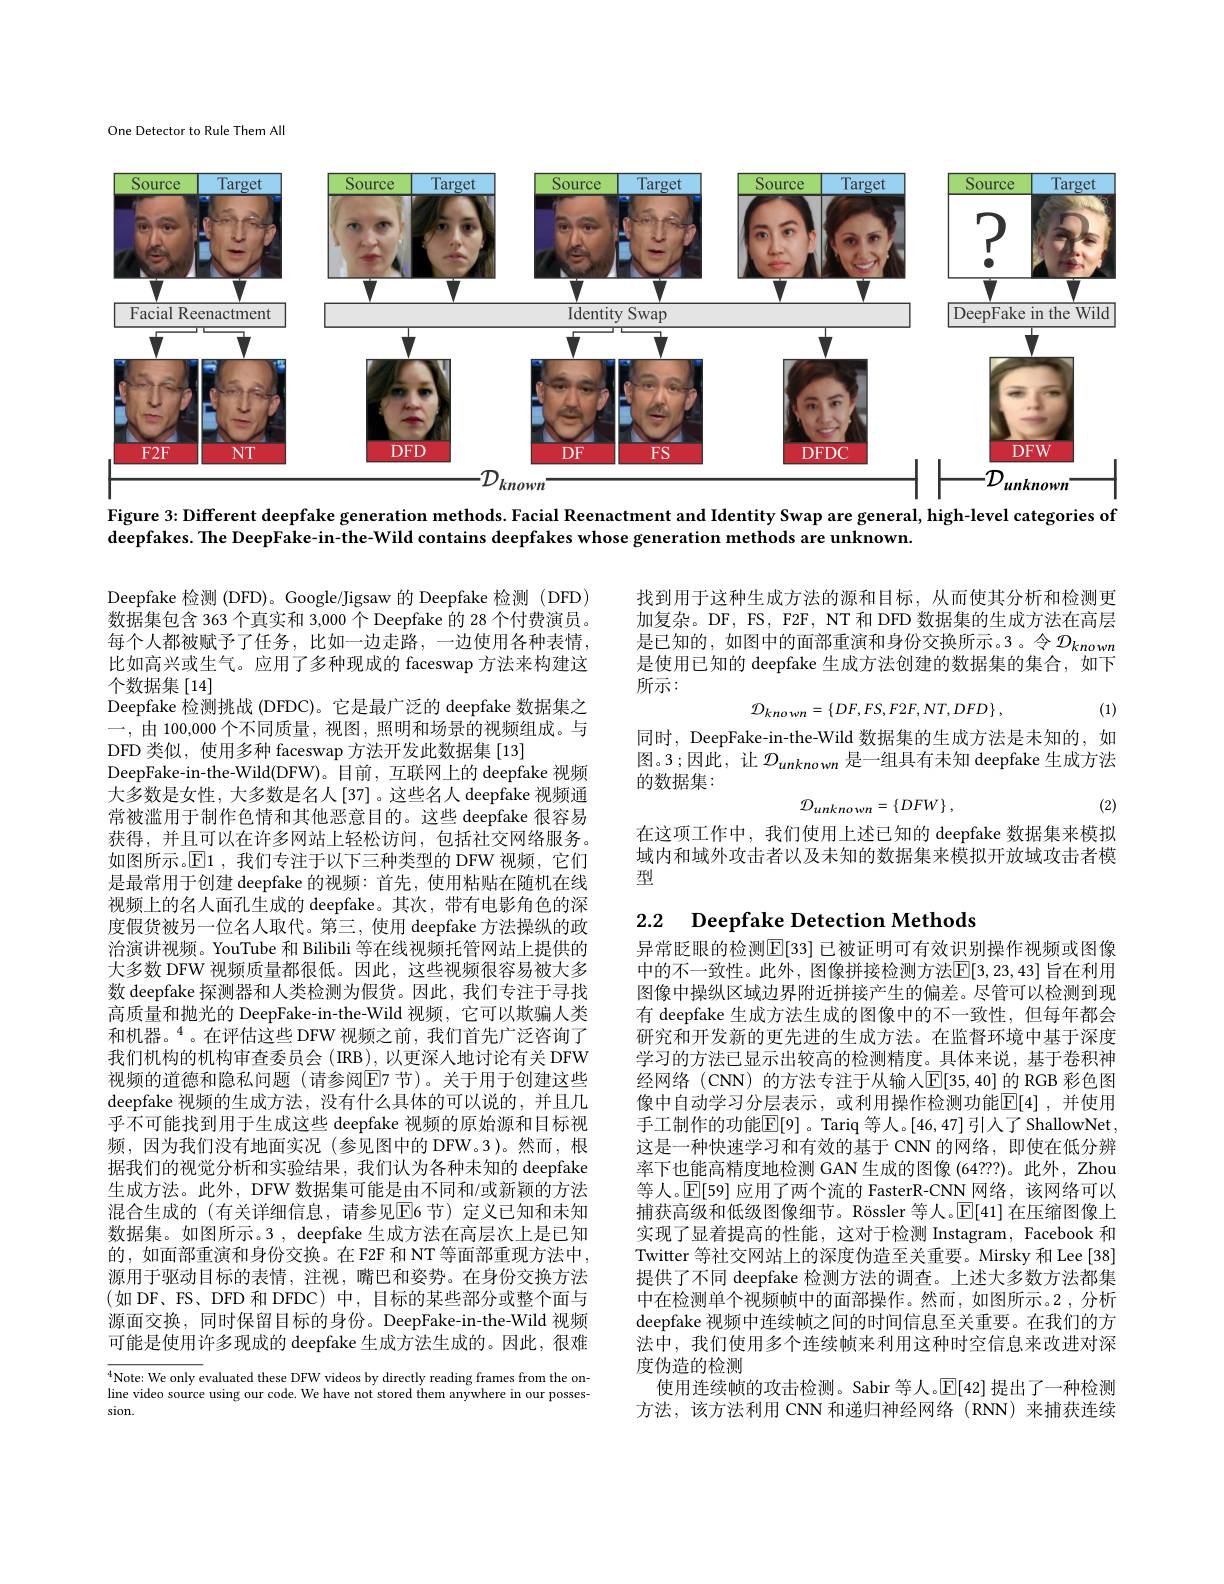
One Detector to Rule Them All

<FigureHere>

Figure 3: Different deepfake generation methods. Facial Reenactment and Identity Swap are general, high-level categories of

deepfakes. The DeepFake-in-the-Wild contains deepfakes whose generation methods are unknown.

找到用于这种生成方法的源和目标，从而使其分析和检测更加复杂。DF, FS, F2F, NT 和 DFD 数据集的生成方法在高层是已知的，如图中的面部重演和身份交换所示。3。令$\mathcal{D}_{known}$ 是使用已知的 deepfake 生成方法创建的数据集的集合，如下所示：
$$\mathcal{D}_{known}=\{DF,FS,F2F,NT,DFD\}\:,$$
(1)

同时，DeepFake-in-the-Wild 数据集的生成方法是未知的，如图。3;因此，让$\mathcal{D}_{unknown}$是一组具有未知 deepfake 生成方法的数据集：
$$\mathcal{D}_{unknown}=\{DFW\}\:,$$
(2)

在这项工作中，我们使用上述已知的 deepfake 数据集来模拟域内和域外攻击者以及未知的数据集来模拟开放域攻击者模型

## 2.2 Deepfake Detection Methods

Deepfake 检测 (DFD)。Google/Jigsaw 的 Deepfake 检测 (DFD) 数据集包含 363 个真实和 3,000 个 Deepfake 的 28 个付费演员。每个人都被赋予了任务，比如一边走路，一边使用各种表情， 比如高兴或生气。应用了多种现成的 faceswap 方法来构建这个数据集[14]
Deepfake 检测挑战 (DFDC)。它是最广泛的 deepfake 数据集之一，由 100,000 个不同质量，视图，照明和场景的视频组成。与DFD 类似，使用多种 faceswap 方法开发此数据集 [13]
DeepFake-in-the-Wild(DFW)。目前，互联网上的 deepfake 视频大多数是女性，大多数是名人[37]。这些名人 deepfake 视频通常被滥用于制作色情和其他恶意目的。这些 deepfake 很容易获得，并且可以在许多网站上轻松访问，包括社交网络服务。如图所示。$\operatorname{E}$1 ,我们专注于以下三种类型的 DFW 视频，它们是最常用于创建 deepfake 的视频：首先，使用粘贴在随机在线视频上的名人面孔生成的 deepfake。其次，带有电影角色的深度假货被另一位名人取代。第三，使用 deepfake 方法操纵的政治演讲视频。YouTube 和 Bilibili 等在线视频托管网站上提供的大多数 DFW 视频质量都很低。因此，这些视频很容易被大多数 deepfake 探测器和人类检测为假货。因此，我们专注于寻找高质量和抛光的 DeepFake-in-the-Wild 视频，它可以欺骗人类和机器。$^{4}$。在评估这些 DFW 视频之前，我们首先广泛咨询了我们机构的机构审查委员会 (IRB), 以更深人地讨论有关 DFW 视频的道德和隐私问题 (请参阅$\overline{\mathrm{E}}$7 节)。关于用于创建这些deepfake 视频的生成方法，没有什么具体的可以说的，并且几乎不可能找到用于生成这些 deepfake 视频的原始源和目标视频，因为我们没有地面实况(参见图中的 DFW。3)。然而，根据我们的视觉分析和实验结果，我们认为各种未知的 deepfake 生成方法。此外，DFW 数据集可能是由不同和/或新颖的方法混合生成的 (有关详细信息，请参见$\overline{\mathrm{E}}$6 节)定义已知和未知数据集。如图所示。3 , deepfake 生成方法在高层次上是已知的，如面部重演和身份交换。在 F2F 和 NT 等面部重现方法中， 源用于驱动目标的表情，注视，嘴巴和姿势。在身份交换方法$(如$ DF、FS、DFD 和 DFDC) 中，目标的某些部分或整个面与源面交换，同时保留目标的身份。DeepFake-in-the-Wild 视频可能是使用许多现成的 deepfake 生成方法生成的。因此，很难$\overline{{^4\text{Note: We only e}}}$valuated these DFW videos by directly reading frames from the on-

异常眨眼的检测$\mathbb{E}[33]$ 已被证明可有效识别操作视频或图像中的不一致性。此外，图像拼接检测方法$\mathbb{E}[3,23,43]$ 旨在利用图像中操纵区域边界附近拼接产生的偏差。尽管可以检测到现有 deepfake 生成方法生成的图像中的不一致性，但每年都会研究和开发新的更先进的生成方法。在监督环境中基于深度学习的方法已显示出较高的检测精度。具体来说，基于卷积神经网络 (CNN) 的方法专注于从输人$\mathbb{E}[35,40]$ 的 RGB 彩色图像中自动学习分层表示，或利用操作检测功能$\boxed{\mathrm{E}}[4]$,并使用手工制作的功能$\mathbb{E}[9]$。Tariq 等人。[46,47]引入了ShallowNet， 这是一种快速学习和有效的基于 CNN 的网络，即使在低分辨率下也能高精度地检测 GAN 生成的图像 (64???)。此外，Zhou 等人。$\mathbb{E}[59]$应用了两个流的 FasterR-CNN 网络，该网络可以捕获高级和低级图像细节。Rössler 等人。$\mathbb{E}[41]$在压缩图像上实现了显着提高的性能，这对于检测 Instagram, Facebook 和Twitter 等社交网站上的深度伪造至关重要。Mirsky 和 Lee [38] 提供了不同 deepfake 检测方法的调查。上述大多数方法都集中在检测单个视频帧中的面部操作。然而，如图所示。2 ,分析deepfake 视频中连续帧之间的时间信息至关重要。在我们的方法中，我们使用多个连续帧来利用这种时空信息来改进对深度伪造的检测
使用连续帧的攻击检测。Sabir 等人。$\mathbb{E}[42]$提出了一种检测方法，该方法利用 CNN 和递归神经网络(RNN)来捕获连续

line video source using our code. We have not stored them anywhere in our posses-
sion.